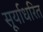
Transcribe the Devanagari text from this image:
सूर्याधरित